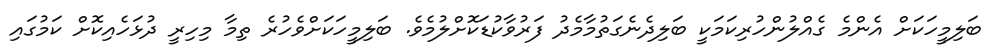
ބަލިމީހަކަށް އެންމެ ގެއްލުންހުރިކަމަކީ ބަލިދެނެގަތުމާމެދު ފަރުވާކުޑަކޮށްލުމެވެ. ބަލިމީހަކަށްވެހުރެ ތިމާ މިހިރީ ދުޅަހެއިކޮށް ކަމުގައި